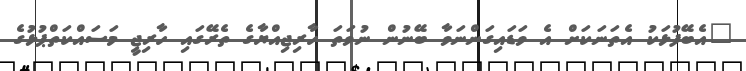
"އެބޭފުޅަކު އެތަނަކަށް އެ ވަޑައިގަންނަވާ ބޭނުން ނުވަތަ ހާރިޖިއްޔާގެ ތެރޭގައި ހާރިޖީ މަސައްކަތްޕުޅުގެ